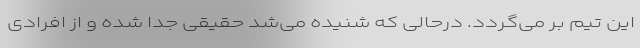
این تیم بر می‌گردد. درحالی که شنیده می‌شد حقیقی جدا شده و از افرادی